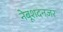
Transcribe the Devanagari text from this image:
नेबूशदनज़र